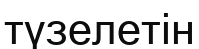
түзелетін